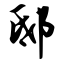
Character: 邸